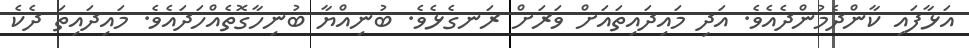
އަޅާފައި ކާންދެމުންދެއެވެ. އަދި މައިދައިތައަށް ވަރަށް ރަނގެޅެވެ. ބުނިއްޔާ ބުނިހާގޮތެއްހަދައެވެ. މައިދައިތަ ދެކެ